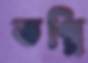
ভগ্নি